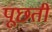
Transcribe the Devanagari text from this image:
पूछतीं